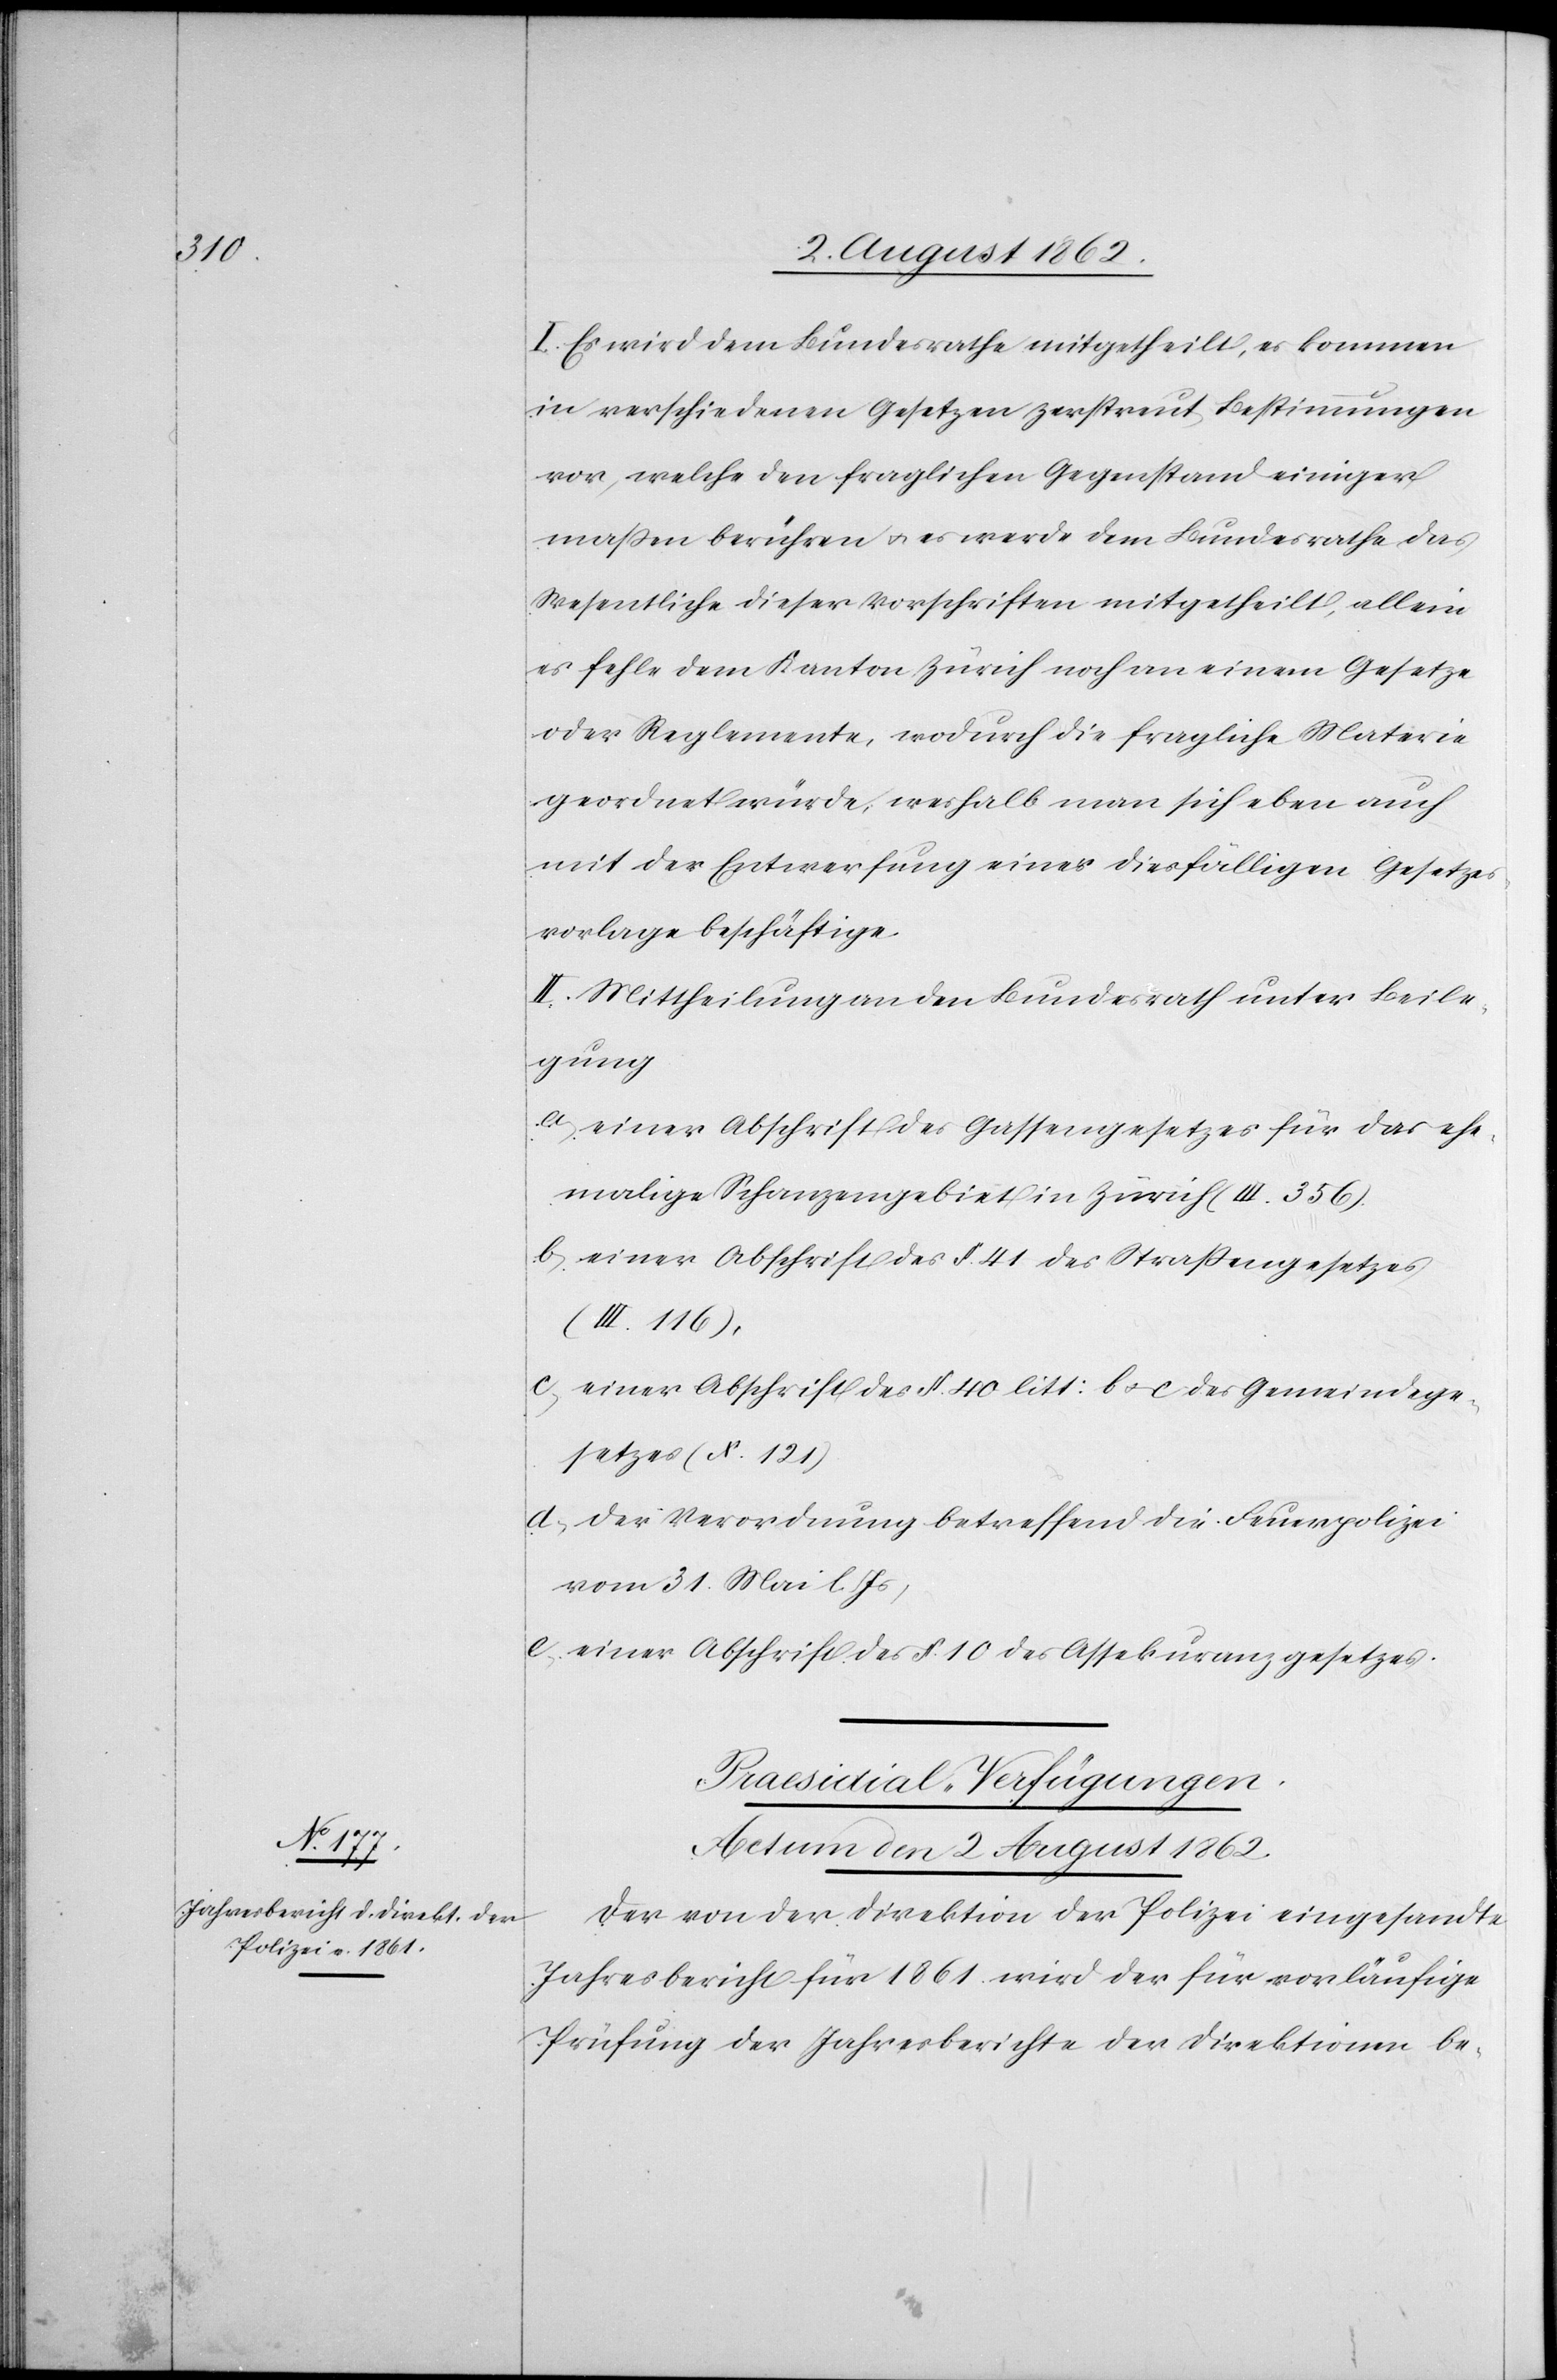
I. Es wird dem Bundesrathe mitgetheilt, es kommen
in verschiedenen Gesetzen zerstreut Bestimmungen
vor, welche den fraglichen Gegenstand einiger
maße berühren u. es werde dem Bundesrathe das
Wesentliche dieser Vorschriften mitgetheilt, allein
es fehle dem Kanton Zürich noch an einem Gesetze
oder Reglemente, wodurch die fragliche Materie
geordnet würde, weshalb man sich eben auch
mit der Entwerfung einer diesfälligen Gesetzes¬
vorlage beschäftige.
II. Mittheilung an den Bundesrath unter Beile¬
gung
a) einer Abschrift des Gassengesetzes für das ehe¬
malige Schanzengebiet in Zürich (III. 356).
b) einer Abschrift des §. 41 des Straßengesetzes
(III. 116).
c) einer Abschrift des §. 40 litt: b u. c des Gemeindege¬
setzes (X. 121).
d) der Verordnung betreffend die Feuerpolizei
vom 31. Mai l. Js.,
e) einer Abschrift des §. 10 des Assekuranzgesetzes.
Praesidial-Verfügungen.
Actum den 2. August 1862.
Der von der Direktion der Polizei eingesandte
Jahresbericht für 1861 wird der für vorläufige
Prüfung der Jahresberichte der Direktionen be-